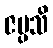
ဇပ္ပသိ